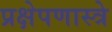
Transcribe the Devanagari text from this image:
प्रक्षेपणास्त्रे